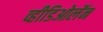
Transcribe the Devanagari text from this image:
व्हीडिओलॅन